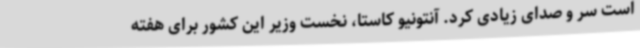
است سر و صدای زیادی کرد. آنتونیو کاستا، نخست وزیر این کشور برای هفته